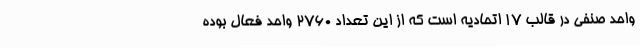
واحد صنفی در قالب 17 اتحادیه است که از این تعداد 2760 واحد فعال بوده